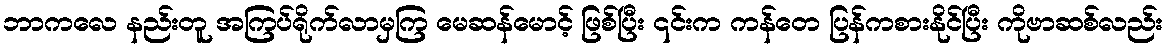
ဘာကလေ နည်းတူ အကြပ်ရိုက်လာမှကြ မေဆန်မောင့် ဖြစ်ပြီး ၎င်းက ကန်တေ ပြန်ကစားနိုင်ပြီး ကိုဗာဆစ်လည်း